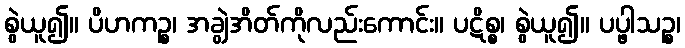
စွဲယူ၍။ ပိဟကဉ္စ၊ အချွဲအိတ်ကိုလည်းကောင်း။ ပဋိစ္စ၊ စွဲယူ၍။ ပပ္ဖါသဉ္စ၊